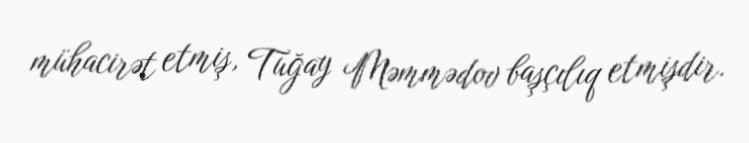
mühacirət etmiş, Tuğay Məmmədov başçılıq etmişdir.